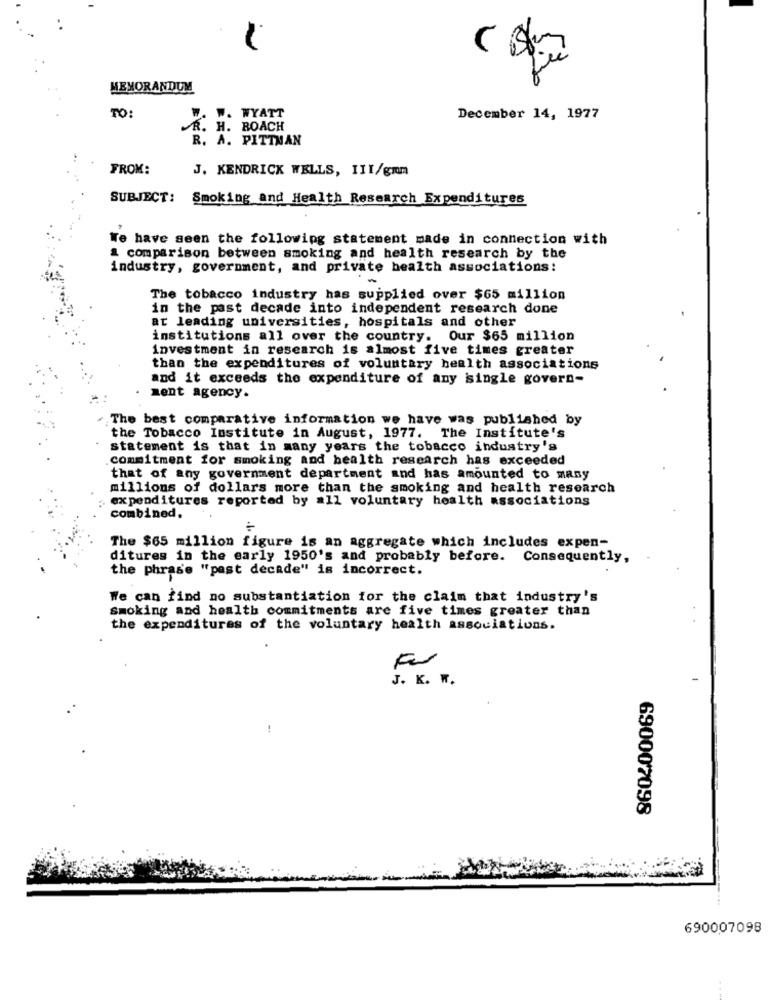
MEMORANDUM
TO:
W. WYATT
December 14, 1977
. H. ROACH
R. A. PITTMAN
FROM:
J. KENDRICK WELLS, III/grm
SUBJECT:
Smoking and Health Research Expenditures
We have seen the following statement made in connection with
a comparison between smoking and health research by the
industry, government, and private health associations:
The tobacco industry has supplied over $65 million
in the past decade into independent research done
at leading universities, hospitals and other
institutions all over the country. Our $65 million
investment in research is almost five times greater
than the expenditures of voluntary health associations
and it exceeds the expenditure of any isingle govern-
ment agency.
The best comparative information we have was published by
the Tobacco Institute in August, 1977. The Institute's
statement is that in many years the tobacco industry's
commitment for smoking and health research has exceeded
that of any government department and has amounted to many
millions of dollars more than the smoking and health research
expenditures reported by =11 voluntary health associations
combined,
The $65 million figure is an aggregate which includes expen-
ditures in the early 1950's and probably before. Consequently,
the phrase "past decade" is incorrect.
We can find no substantiation for the claim that industry's
Smoking and health commitments are five times greater than
the expenditures of the voluntary health associations.
J. K. W.
690007098
....
690007098